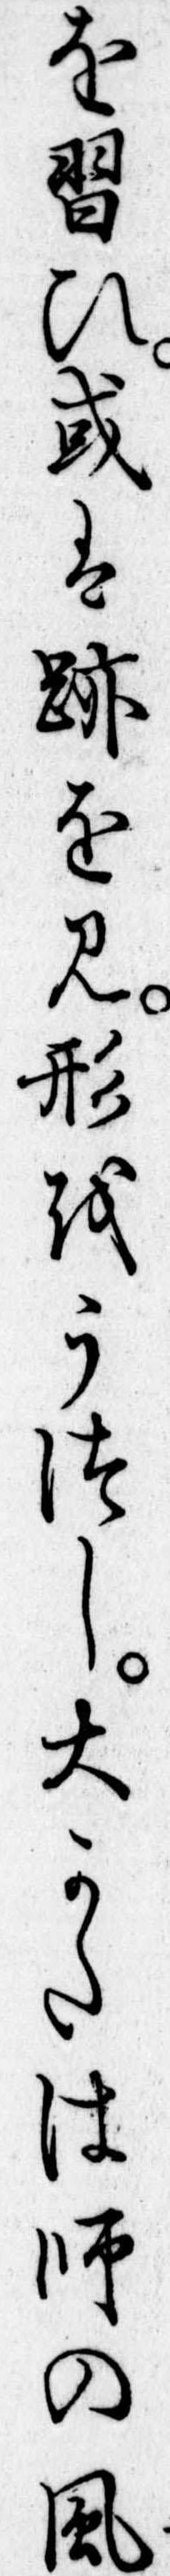
を習ひ或は跡を見形をうつし大かたは師の風